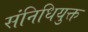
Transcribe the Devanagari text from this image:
संनिधियुक्त